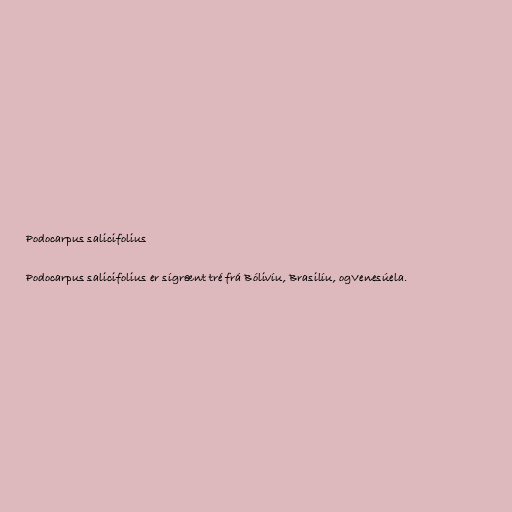
Podocarpus salicifolius

Podocarpus salicifolius er sígrænt tré frá Bólivíu, Brasilíu, ogVenesúela.